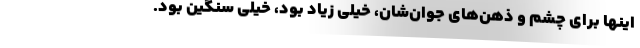
اينها براي چشم و ذهن‌هاي جوان‌شان، خيلي زياد بود، خيلي سنگين بود.